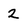
Character: 2